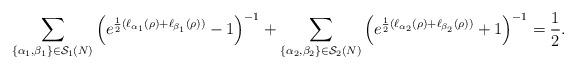
LaTeX: \begin{align*}\sum_{\{\alpha_1,\beta_1\}\in\mathcal{S}_1(N)}\left(e^{\frac{1}{2}(\ell_{\alpha_1}(\rho)+\ell_{\beta_1}(\rho))}-1\right)^{-1}+\sum_{\{\alpha_2,\beta_2\}\in\mathcal{S}_2(N)}\left(e^{\frac{1}{2}(\ell_{\alpha_2}(\rho)+\ell_{\beta_2}(\rho))}+1\right)^{-1}=\frac{1}{2}.\end{align*}